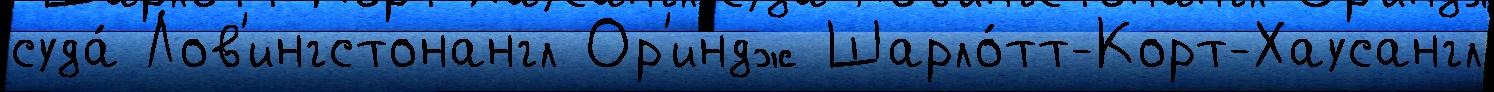
суда́ Лов'ингстонангл Ор'индж Шарло́тт-Корт-Хаусангл